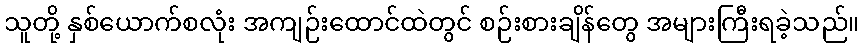
သူတို့ နှစ်ယောက်စလုံး အကျဉ်းထောင်ထဲတွင် စဉ်းစားချိန်တွေ အများကြီးရခဲ့သည်။